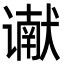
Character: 谳